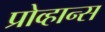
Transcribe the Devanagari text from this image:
प्रोव्हान्स